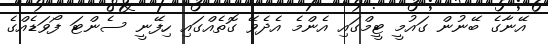
އޭނާގެ ބޭނުން ގައުމީ ޓީމްގައި އެންމެ އެދެވޭ ގޮތެއްގައި ހިފޭނީ ސެންޓަ ފޯވަޑެއްގެ